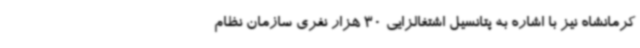
کرمانشاه نیز با اشاره به پتانسیل اشتغالزایی 30 هزار نفری سازمان نظام